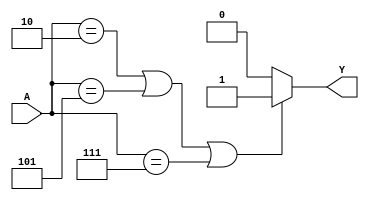
module combinational_logic (
    input wire [2:0] A,  // 3-bit input
    output wire Y        // Output
);

// Define the output based on the truth table
// Let's assume the following truth table:
// A[2] A[1] A[0] | Y
//  0    0    0   | 0
//  0    0    1   | 0
//  0    1    0   | 1
//  0    1    1   | X (don't care)
//  1    0    0   | 0
//  1    0    1   | 1
//  1    1    0   | X (don't care)
//  1    1    1   | 1

assign Y = (A == 3'b010) || (A == 3'b101) || (A == 3'b111) ? 1'b1 : 1'b0;

endmodule